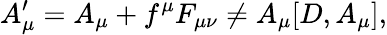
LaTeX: A_{\mu}^{\prime}=A_{\mu}+f^{\mu}F_{\mu\nu}\not=A_{\mu}[D,A_{\mu}],